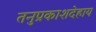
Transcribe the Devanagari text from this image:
तनुप्रकाशदेहाय